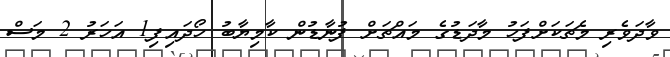
ވާދަވެރި މެޗަކަށްފަހު މާދަޑުގެ މައްޗަށް ފުނާޑުން ކާމިޔާބު ހޯދައިފި1 އަހަރު 2 މަސް